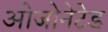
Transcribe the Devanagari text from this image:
ओजोनेटेड